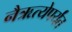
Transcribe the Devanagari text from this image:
नैऋत्येपर्यंत